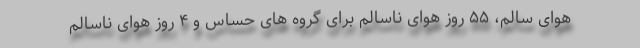
هوای سالم، ۵۵ روز هوای ناسالم برای گروه های حساس و ۴ روز هوای ناسالم